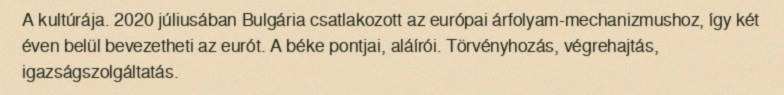
A kultúrája. 2020 júliusában Bulgária csatlakozott az európai árfolyam-mechanizmushoz, így két éven belül bevezetheti az eurót. A béke pontjai, aláírói. Törvényhozás, végrehajtás, igazságszolgáltatás.